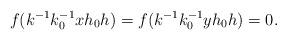
LaTeX: \begin{align*}f(k^{-1}k_0^{-1}xh_0h)=f(k^{-1}k_0^{-1}y h_0 h)=0. \end{align*}